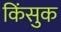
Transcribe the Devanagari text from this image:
किंसुक